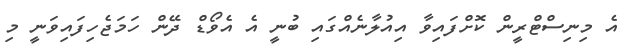
އެ މިނިސްޓްރީން ކޮށްފައިވާ އިއުލާނެއްގައި ބުނީ އެ އެވޯޑް ދޭން ހަމަޖެހިފައިވަނީ މި